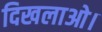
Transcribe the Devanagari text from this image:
दिखलाओ।